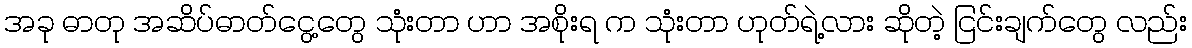
အခု ဓာတု အဆိပ်ဓာတ်ငွေ့တွေ သုံးတာ ဟာ အစိုးရ က သုံးတာ ဟုတ်ရဲ့လား ဆိုတဲ့ ငြင်းချက်တွေ လည်း